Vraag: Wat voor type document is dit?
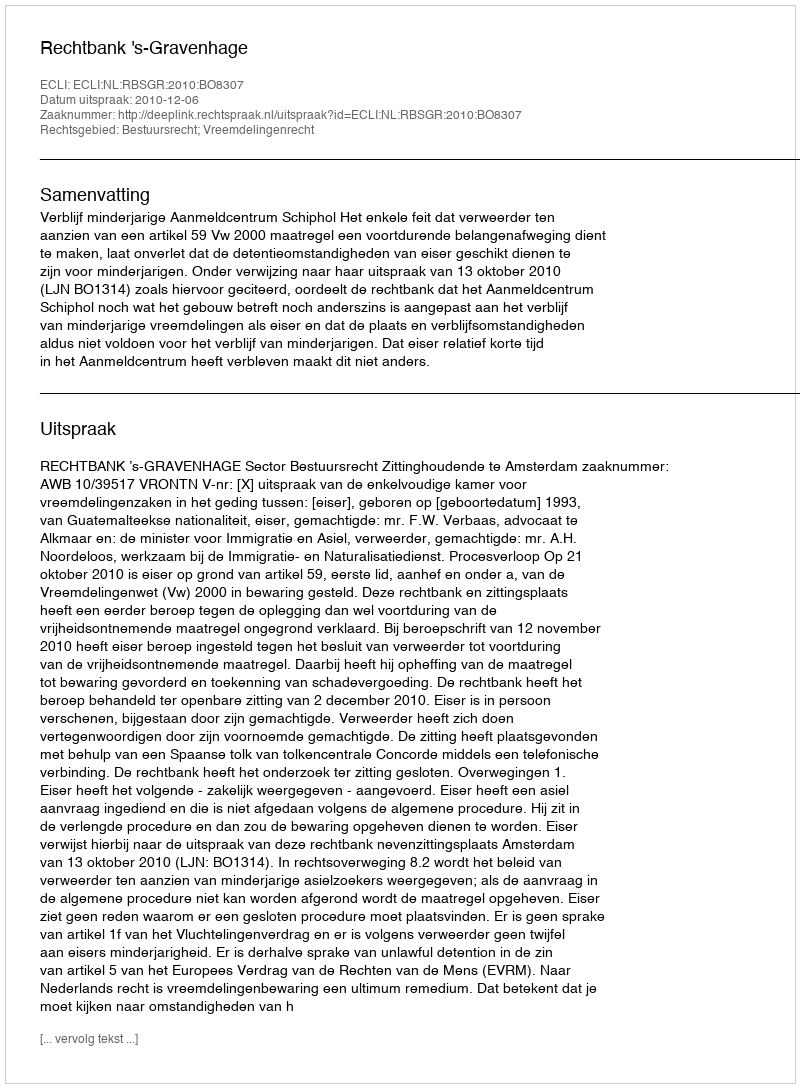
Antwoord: Uitspraak